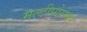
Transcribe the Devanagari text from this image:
मल्टीप्रोसेसर